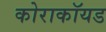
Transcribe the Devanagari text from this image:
कोराकॉयड